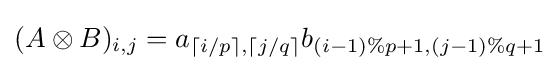
(A\otimes B)_{i,j}=a_{\lceil i/p\rceil ,\lceil j/q\rceil }b_{(i-1)\%p+1,(j-1)\%q+1}